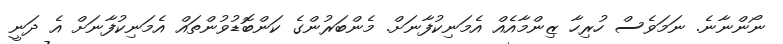
ނޯންނާނެ. ނަމަވެސް ހުރިހާ ޒިންމާއެއް އެމަނިކުފާނަށް. މެންބަރުންގެ ކަންބޮޑުވުންތައް އެމަނިކުފާނަށް އެ ދަނީ